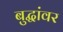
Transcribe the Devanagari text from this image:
बुद्धांवर